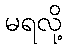
မရလို့